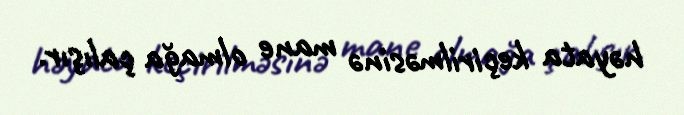
həyata keçirilməsinə mane olmağa çalışır.